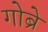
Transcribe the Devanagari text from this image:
गोब्रे